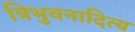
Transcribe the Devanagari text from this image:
त्रिभुवनादित्य